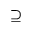
\supseteq